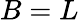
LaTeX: B=L